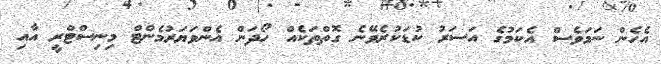
އެހެން ނަމަވެސް އެކަމުގެ އަސަރު ކުޑަކުރެވޭނެ ގޮތްތަކެއް ހޯދަން އެންވަޔަރުމެންޓް މިނިސްޓްރީ އާއި